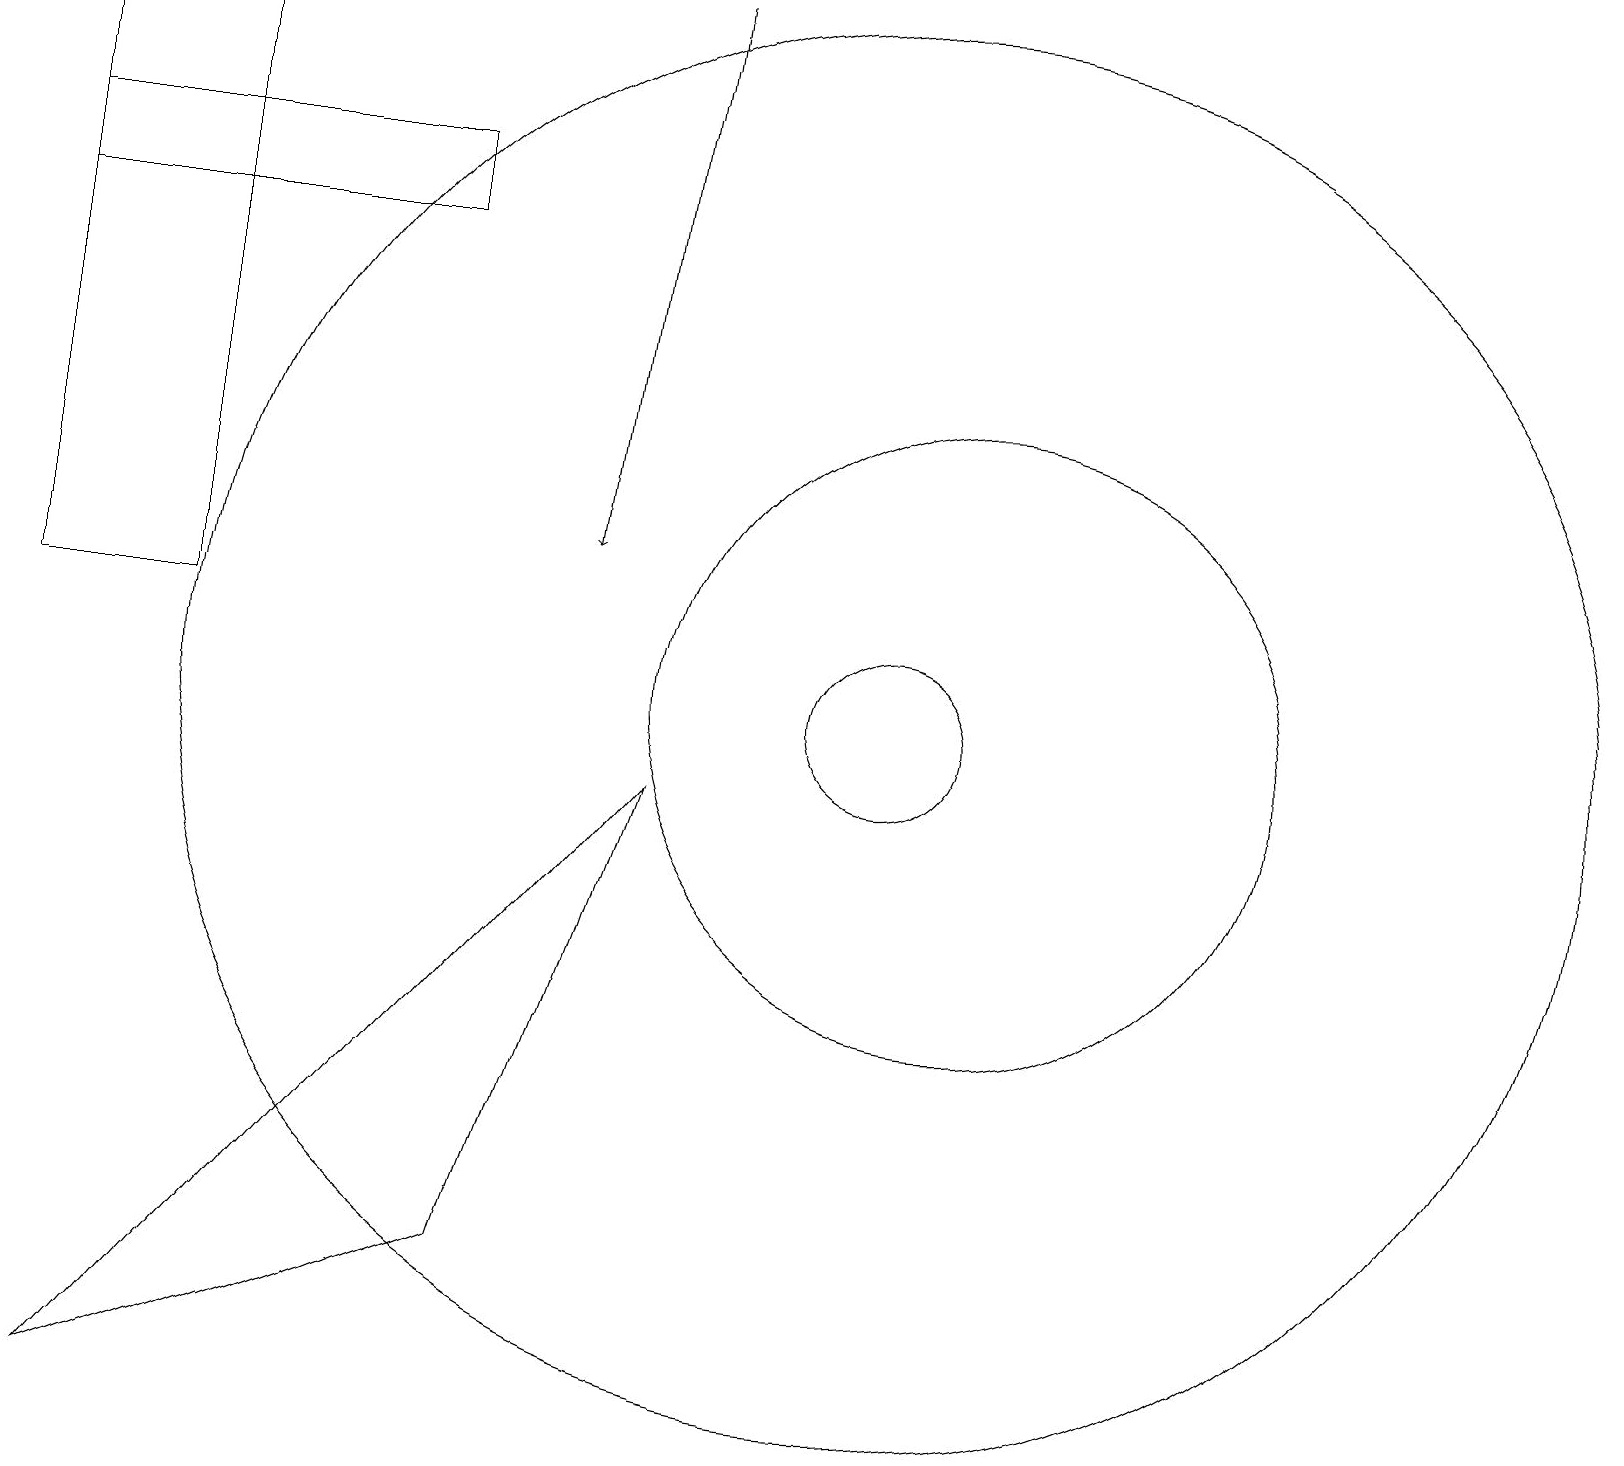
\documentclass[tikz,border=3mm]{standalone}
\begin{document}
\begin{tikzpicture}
\draw (11,10) circle (9);
\draw (6,3) -- (8,9) -- (1,1) -- cycle;
\draw (0,16) rectangle (5,17);
\draw[->] (8,19) -- (7,12);
\draw (11,10) circle (1);
\draw (12,10) circle (4);
\draw (2,19) rectangle (0,11);
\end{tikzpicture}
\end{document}